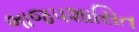
ભાજપશાસિત